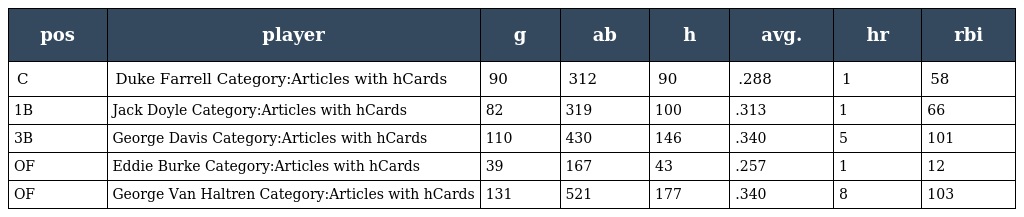
| pos | player | g | ab | h | avg. | hr | rbi |
 | --- | --- | --- | --- | --- | --- | --- | --- |
 | C | Duke Farrell Category:Articles with hCards | 90 | 312 | 90 | .288 | 1 | 58 |
 | 1B | Jack Doyle Category:Articles with hCards | 82 | 319 | 100 | .313 | 1 | 66 |
 | 3B | George Davis Category:Articles with hCards | 110 | 430 | 146 | .340 | 5 | 101 |
 | OF | Eddie Burke Category:Articles with hCards | 39 | 167 | 43 | .257 | 1 | 12 |
 | OF | George Van Haltren Category:Articles with hCards | 131 | 521 | 177 | .340 | 8 | 103 |